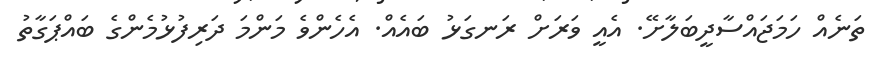
ތަނެއް ހަމަޖައްސާދީބަލާށޭ. އެއީ ވަރަށް ރަނގަޅު ބައެއް. އެހެންވެ މަންމަ ދަރިފުޅުމެންގެ ބައްޕަގާތު